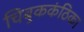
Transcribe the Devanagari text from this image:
चिबुककंठिका